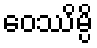
ဝေဿိမ္ပိ